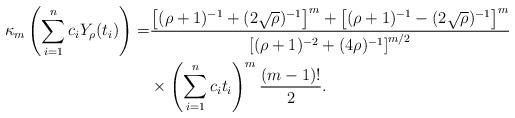
LaTeX: \begin{align*}\kappa_m \left( \sum_{i=1}^n c_i Y_\rho(t_i) \right)=&\frac{\left[(\rho+1)^{-1}+(2\sqrt{\rho})^{-1}\right]^m+\left[(\rho+1)^{-1}-(2\sqrt{\rho})^{-1}\right]^m}{\left[(\rho+1)^{-2}+(4\rho)^{-1}\right]^{m/2}} \\&\times\left(\sum_{i=1}^n c_it_i\right)^m \frac{(m-1)!}{2}.\end{align*}